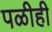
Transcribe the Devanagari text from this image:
पळीही